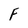
Character: F